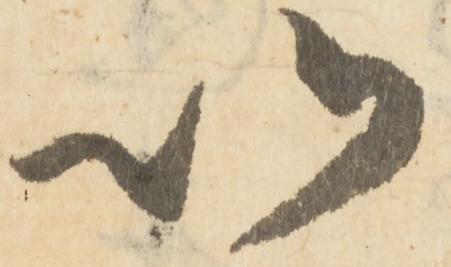
以